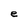
Character: e